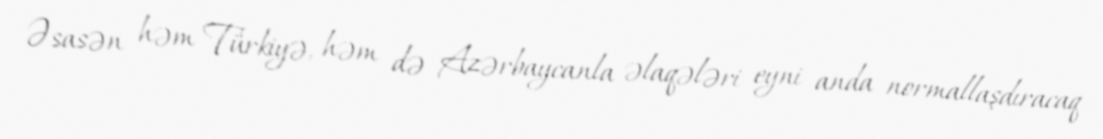
Əsasən həm Türkiyə, həm də Azərbaycanla əlaqələri eyni anda normallaşdıracaq